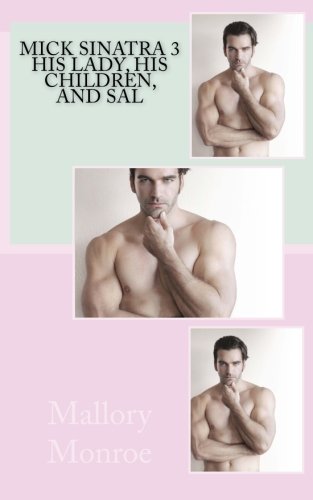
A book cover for Mick Sinatra 3: His Lady, His Children, and Sal; Mallory Monroe; Romance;